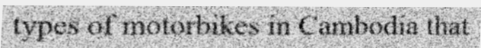
types of motorbikes in Cambodia that